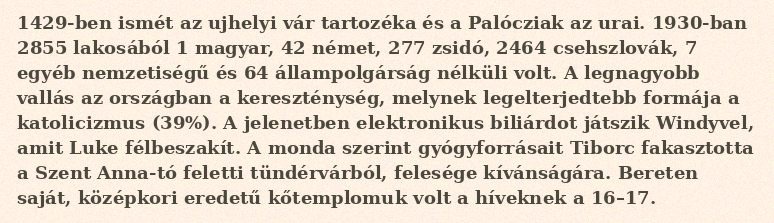
1429-ben ismét az ujhelyi vár tartozéka és a Palócziak az urai. 1930-ban 2855 lakosából 1 magyar, 42 német, 277 zsidó, 2464 csehszlovák, 7 egyéb nemzetiségű és 64 állampolgárság nélküli volt. A legnagyobb vallás az országban a kereszténység, melynek legelterjedtebb formája a katolicizmus (39%). A jelenetben elektronikus biliárdot játszik Windyvel, amit Luke félbeszakít. A monda szerint gyógyforrásait Tiborc fakasztotta a Szent Anna-tó feletti tündérvárból, felesége kívánságára. Bereten saját, középkori eredetű kőtemplomuk volt a híveknek a 16–17.